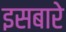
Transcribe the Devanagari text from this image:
इसबारे